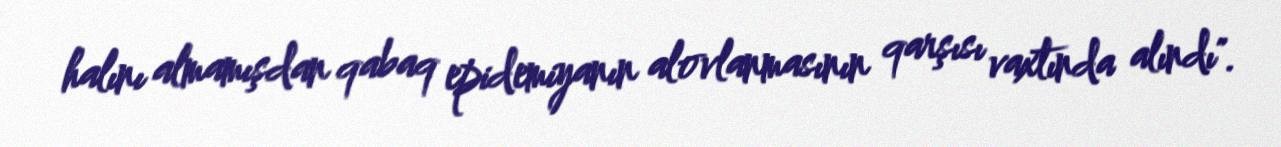
halını almamışdan qabaq epidemiyanın alovlanmasının qarşısı vaxtında alındı".